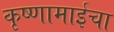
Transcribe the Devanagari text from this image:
कृष्णामाईचा